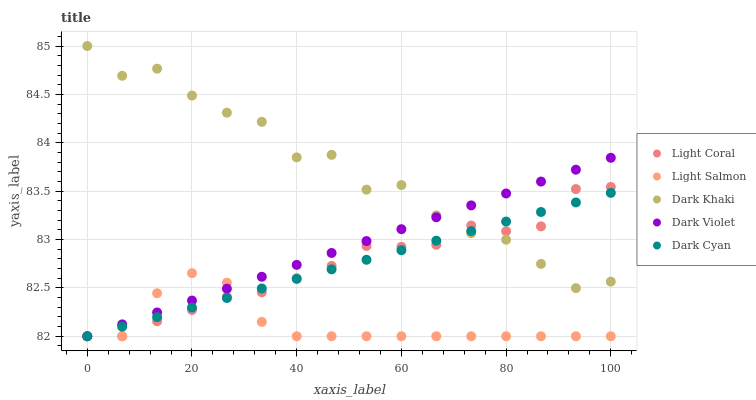
| xaxis_label | Light Coral | Light Salmon | Dark Khaki | Dark Violet | Dark Cyan |
 | --- | --- | --- | --- | --- | --- |
 | 0 | 82 | 82 | 85 | 82 | 82 |
 | 6.67 | 82 | 82 | 84.7 | 82.1 | 82.1 |
 | 13.3 | 82.2 | 82.4 | 84.8 | 82.2 | 82.2 |
 | 20 | 82.3 | 82.7 | 84.5 | 82.4 | 82.3 |
 | 26.7 | 82.4 | 82.6 | 84.3 | 82.5 | 82.4 |
 | 33.3 | 82.5 | 82.1 | 84.2 | 82.6 | 82.5 |
 | 40 | 82.6 | 82 | 83.8 | 82.7 | 82.6 |
 | 46.7 | 82.7 | 82 | 83.9 | 82.9 | 82.7 |
 | 53.3 | 82.9 | 82 | 83.5 | 83 | 82.8 |
 | 60 | 82.9 | 82 | 83.6 | 83.1 | 82.9 |
 | 66.7 | 82.9 | 82 | 83.2 | 83.2 | 83 |
 | 73.3 | 83.1 | 82 | 83.1 | 83.4 | 83.1 |
 | 80 | 83.1 | 82 | 83 | 83.5 | 83.2 |
 | 86.7 | 83.1 | 82 | 82.7 | 83.6 | 83.3 |
 | 93.3 | 83.5 | 82 | 82.5 | 83.7 | 83.4 |
 | 100 | 83.5 | 82 | 82.6 | 83.8 | 83.5 |